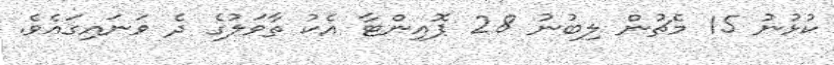
ކުޅުނު 15 މެޗުން ލިބުނު 28 ޕޮއިންޓާ އެކު ތާވަލުގެ ދެ ވަނައިގައެވެ.